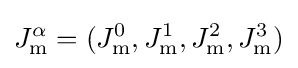
J_{\mathrm {m} }^{\alpha }=(J_{\mathrm {m} }^{0},J_{\mathrm {m} }^{1},J_{\mathrm {m} }^{2},J_{\mathrm {m} }^{3})